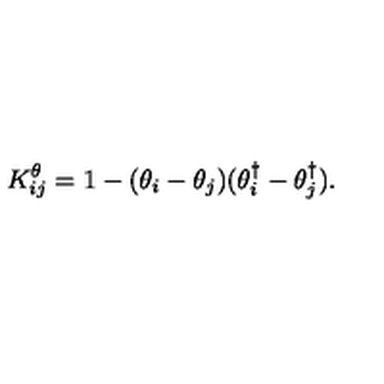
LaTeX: K _ { i j } ^ { \theta } = 1 - ( \theta _ { i } - \theta _ { j } ) ( \theta _ { i } ^ { \dagger } - \theta _ { j } ^ { \dagger } ) .